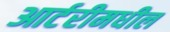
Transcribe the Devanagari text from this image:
आर्टरीमधील